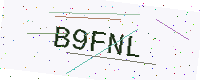
Text: B9FNL